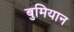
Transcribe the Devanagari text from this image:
बुमियान